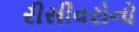
રીસીવરોનો